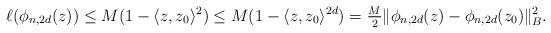
LaTeX: \begin{align*} \ell(\phi_{n,2d}(z)) \leq M(1-\langle z,z_0\rangle^2) \leq M(1-\langle z,z_0\rangle^{2d})= \tfrac{M}{2}\|\phi_{n,2d}(z) - \phi_{n,2d}(z_0)\|^2_{B}.\end{align*}